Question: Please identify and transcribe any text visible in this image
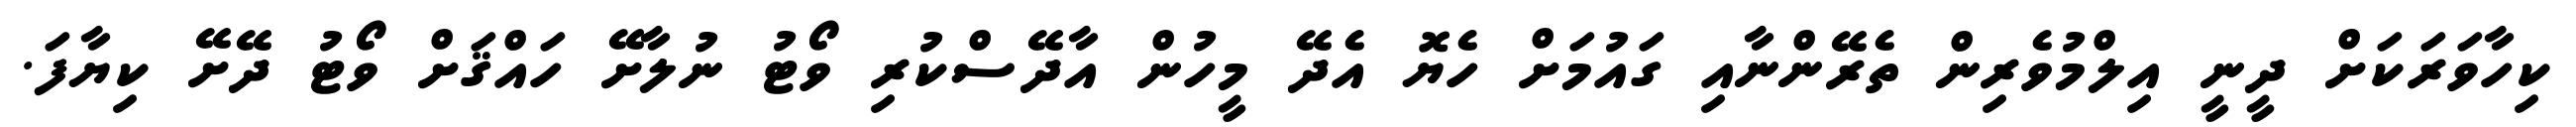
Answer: ކިހާވަރަކަށް ދީނީ އިލްމުވެރިން ތެރޭންނާއި ގައުމަށް ހެޔޮ އެދޭ މީހުން އާދޭސްކުރި ވޯޓު ނުލާށޭ ހައްޤަށް ވޯޓު ދޭށޭ ކިޔާފަ.